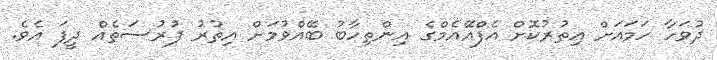
ދުވަހާ ހަމައަށް އިތުރުކޮށް އެފްއޭއެމްގެ އިންތިހާބު ބޭއްވުމަށް އިތުރު ފުރުސަތެއް ދީފަ އެވެ.